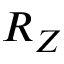
R _ { Z }